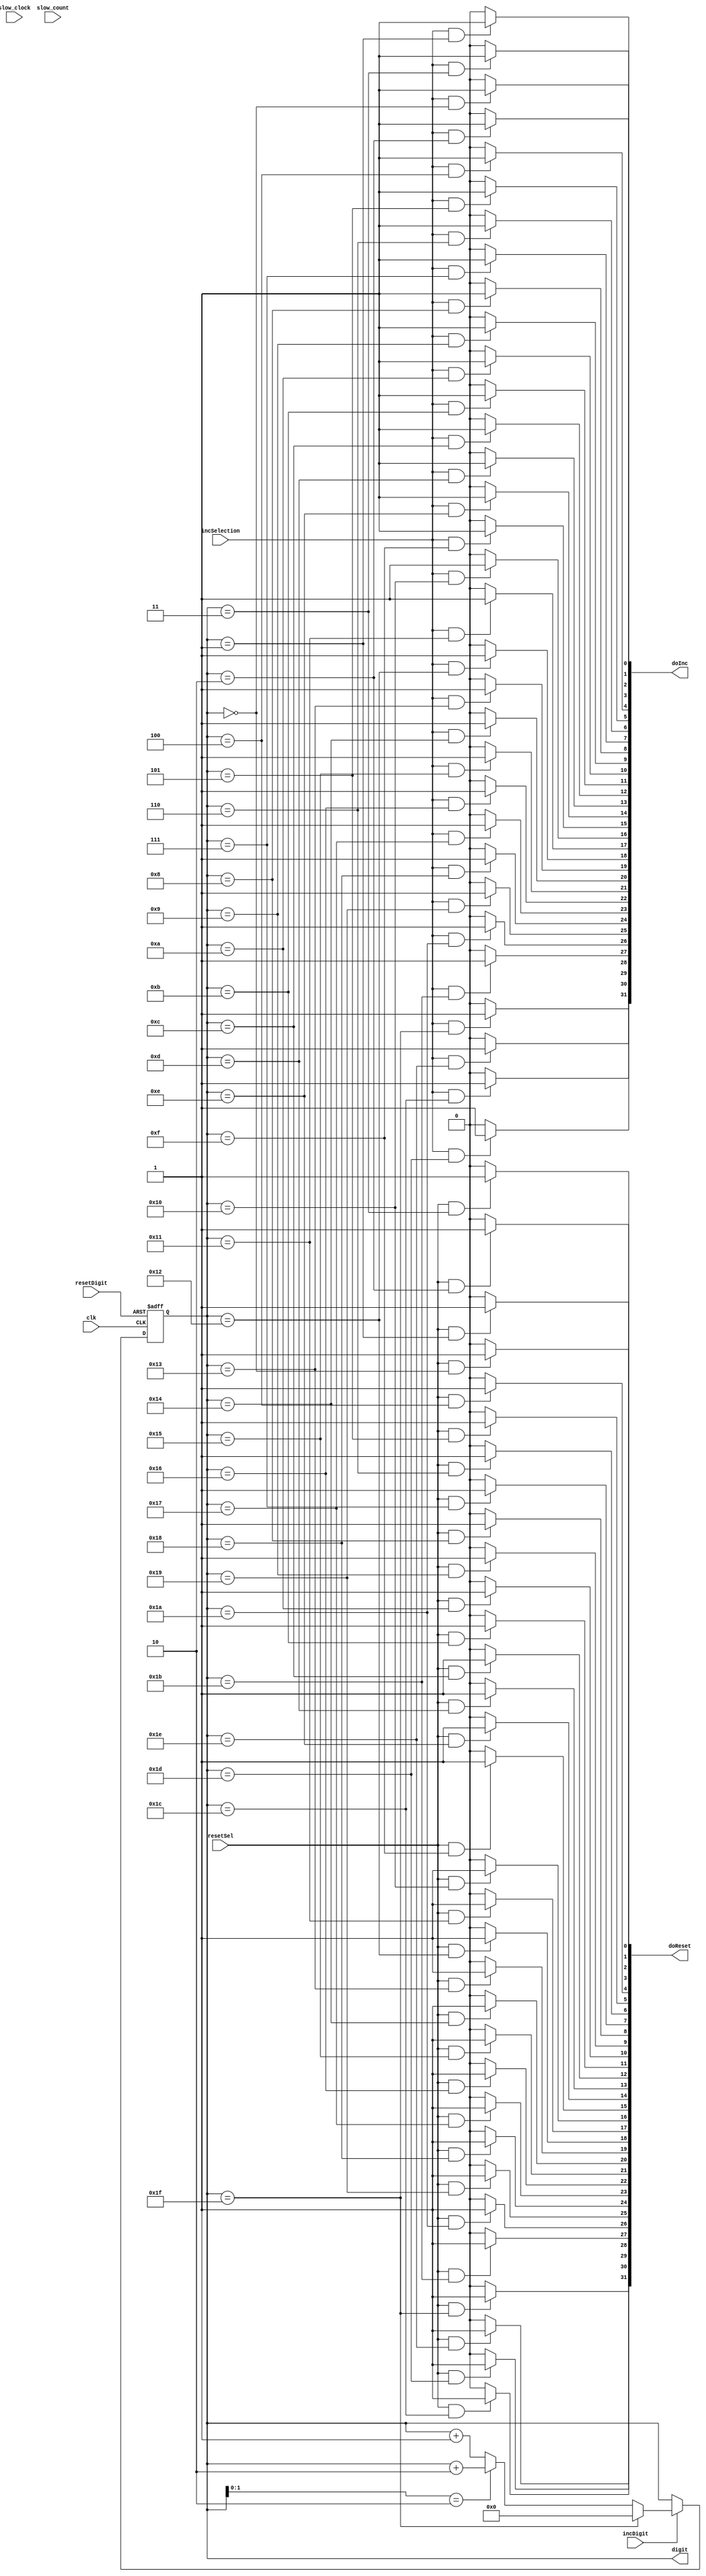
//////////////////////////////////////////////////////////
//
module EditRegs( clk, incDigit, incSelection, resetDigit, resetSel, slow_clock, slow_count, digit, doInc, doReset );
input clk;
input incDigit;      // ui for changing which digit to edit.
input incSelection;  // ui for incrementing digit.
input slow_clock;    // 1 clk input
input resetDigit; 
input resetSel;
input [31:0] slow_count;
output [4:0] digit;
output [31:0]doInc;
output [31:0]doReset;
wire [31:0]doReset;
reg [4:0] digit;
wire [1:0]relDigit = digit[1:0];

wire [31:0]doInc;
integer i;
always @(posedge clk, posedge resetDigit )
  if( resetDigit )
    digit <= 5'd0;
  else if( incDigit )
  begin
     if( digit == 5'd31 ) digit <= 0;
	  else if( relDigit == 2'h2 )digit <= digit + 5'h2;
	  else digit <= digit + 5'h1;
  end

  
assign doReset[0] =  (resetSel && (digit == 0) ) ? 1'h1 : 1'h0;
assign doReset[1] =  ( resetSel && (digit == 1) ) ? 1'h1 : 1'h0;
assign doReset[2] =  ( resetSel && (digit == 2) ) ? 1'h1 : 1'h0;
assign doReset[3] =  ( resetSel && (digit == 3) ) ? 1'h1 : 1'h0;
assign doReset[4] =  ( resetSel && (digit == 4) ) ? 1'h1 : 1'h0;
assign doReset[5] =  ( resetSel && (digit == 5) ) ? 1'h1 : 1'h0;
assign doReset[6] =  ( resetSel && (digit == 6) ) ? 1'h1 : 1'h0;
assign doReset[7] =  ( resetSel && (digit == 7) ) ? 1'h1 : 1'h0;
assign doReset[8] =  ( resetSel && (digit == 8) ) ? 1'h1 : 1'h0;
assign doReset[9] =  ( resetSel && (digit == 9) ) ? 1'h1 : 1'h0;
assign doReset[10] =  ( resetSel && (digit == 10) ) ? 1'h1 : 1'h0;
assign doReset[11] =  ( resetSel && (digit == 11) ) ? 1'h1 : 1'h0;
assign doReset[12] =  ( resetSel && (digit == 12) ) ? 1'h1 : 1'h0;
assign doReset[13] =  ( resetSel && (digit == 13) ) ? 1'h1 : 1'h0;
assign doReset[14] =  ( resetSel && (digit == 14) ) ? 1'h1 : 1'h0;
assign doReset[15] =  ( resetSel && (digit == 15) ) ? 1'h1 : 1'h0;
assign doReset[16] =  ( resetSel && (digit == 16) ) ? 1'h1 : 1'h0;
assign doReset[17] =  ( resetSel && (digit == 17) ) ? 1'h1 : 1'h0;
assign doReset[18] =  ( resetSel && (digit == 18) ) ? 1'h1 : 1'h0;
assign doReset[19] =  ( resetSel && (digit == 19) ) ? 1'h1 : 1'h0;
assign doReset[20] =  ( resetSel && (digit == 20) ) ? 1'h1 : 1'h0;
assign doReset[21] =  ( resetSel && (digit == 21) ) ? 1'h1 : 1'h0;
assign doReset[22] =  ( resetSel && (digit == 22) ) ? 1'h1 : 1'h0;
assign doReset[23] =  ( resetSel && (digit == 23) ) ? 1'h1 : 1'h0;
assign doReset[24] =  ( resetSel && (digit == 24) ) ? 1'h1 : 1'h0;
assign doReset[25] =  ( resetSel && (digit == 25) ) ? 1'h1 : 1'h0;
assign doReset[26] =  ( resetSel && (digit == 26) ) ? 1'h1 : 1'h0;
assign doReset[27] =  ( resetSel && (digit == 27) ) ? 1'h1 : 1'h0;
assign doReset[28] =  ( resetSel && (digit == 28) ) ? 1'h1 : 1'h0;
assign doReset[29] =  ( resetSel && (digit == 29) ) ? 1'h1 : 1'h0;
assign doReset[30] =  ( resetSel && (digit == 30) ) ? 1'h1 : 1'h0;
assign doReset[31] =  ( resetSel && (digit == 31) ) ? 1'h1 : 1'h0;


assign doInc[0] =  (incSelection && (digit == 0) ) ? 1'h1 : 1'h0;
assign doInc[1] =  ( incSelection && (digit == 1) ) ? 1'h1 : 1'h0;
assign doInc[2] =  ( incSelection && (digit == 2) ) ? 1'h1 : 1'h0;
assign doInc[3] =  ( incSelection && (digit == 3) ) ? 1'h1 : 1'h0;
assign doInc[4] =  ( incSelection && (digit == 4) ) ? 1'h1 : 1'h0;
assign doInc[5] =  ( incSelection && (digit == 5) ) ? 1'h1 : 1'h0;
assign doInc[6] =  ( incSelection && (digit == 6) ) ? 1'h1 : 1'h0;
assign doInc[7] =  ( incSelection && (digit == 7) ) ? 1'h1 : 1'h0;
assign doInc[8] =  ( incSelection && (digit == 8) ) ? 1'h1 : 1'h0;
assign doInc[9] =  ( incSelection && (digit == 9) ) ? 1'h1 : 1'h0;
assign doInc[10] =  ( incSelection && (digit == 10) ) ? 1'h1 : 1'h0;
assign doInc[11] =  ( incSelection && (digit == 11) ) ? 1'h1 : 1'h0;
assign doInc[12] =  ( incSelection && (digit == 12) ) ? 1'h1 : 1'h0;
assign doInc[13] =  ( incSelection && (digit == 13) ) ? 1'h1 : 1'h0;
assign doInc[14] =  ( incSelection && (digit == 14) ) ? 1'h1 : 1'h0;
assign doInc[15] =  ( incSelection && (digit == 15) ) ? 1'h1 : 1'h0;
assign doInc[16] =  ( incSelection && (digit == 16) ) ? 1'h1 : 1'h0;
assign doInc[17] =  ( incSelection && (digit == 17) ) ? 1'h1 : 1'h0;
assign doInc[18] =  ( incSelection && (digit == 18) ) ? 1'h1 : 1'h0;
assign doInc[19] =  ( incSelection && (digit == 19) ) ? 1'h1 : 1'h0;
assign doInc[20] =  ( incSelection && (digit == 20) ) ? 1'h1 : 1'h0;
assign doInc[21] =  ( incSelection && (digit == 21) ) ? 1'h1 : 1'h0;
assign doInc[22] =  ( incSelection && (digit == 22) ) ? 1'h1 : 1'h0;
assign doInc[23] =  ( incSelection && (digit == 23) ) ? 1'h1 : 1'h0;
assign doInc[24] =  ( incSelection && (digit == 24) ) ? 1'h1 : 1'h0;
assign doInc[25] =  ( incSelection && (digit == 25) ) ? 1'h1 : 1'h0;
assign doInc[26] =  ( incSelection && (digit == 26) ) ? 1'h1 : 1'h0;
assign doInc[27] =  ( incSelection && (digit == 27) ) ? 1'h1 : 1'h0;
assign doInc[28] =  ( incSelection && (digit == 28) ) ? 1'h1 : 1'h0;
assign doInc[29] =  ( incSelection && (digit == 29) ) ? 1'h1 : 1'h0;
assign doInc[30] =  ( incSelection && (digit == 30) ) ? 1'h1 : 1'h0;
assign doInc[31] =  ( incSelection && (digit == 31) ) ? 1'h1 : 1'h0;


endmodule